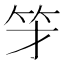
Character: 𱷯